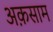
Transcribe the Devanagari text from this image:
अक़साम